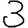
Digit: 3